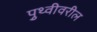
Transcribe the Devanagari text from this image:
पृुथ्वीवरील